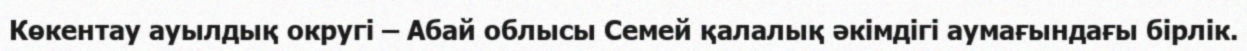
Көкентау ауылдық округі – Абай облысы Семей қалалық әкімдігі аумағындағы бірлік.